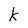
Character: k